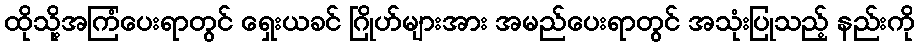
ထိုသို့အကြံပေးရာတွင် ရှေးယခင် ဂြိုဟ်များအား အမည်ပေးရာတွင် အသုံးပြုသည့် နည်းကို